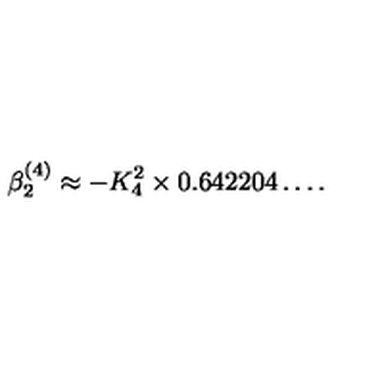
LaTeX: \beta _ { 2 } ^ { ( 4 ) } \approx - K _ { 4 } ^ { 2 } \times 0 . 6 4 2 2 0 4 \ldots .